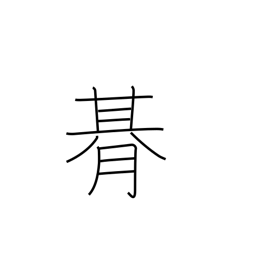
Meaning: one period